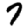
Digit: 7